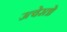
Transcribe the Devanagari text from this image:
उत्वेरतो